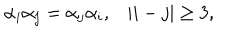
\begin{array} { c c } { { \alpha _ { i } \alpha _ { j } = \alpha _ { j } \alpha _ { i } , } } & { { | i - j | \geq 3 , } } \\ \end{array}